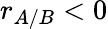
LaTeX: r_{A/B}<0